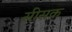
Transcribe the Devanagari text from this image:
सीसक